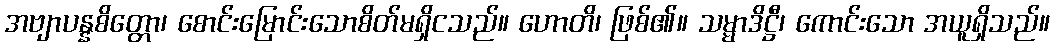
အဗျာပန္နစိတ္တော၊ စောင်းမြောင်းသောစိတ်မရှိငသည်။ ဟောတိ၊ ဖြစ်၏။ သမ္မာဒိဋ္ဌီ၊ ကောင်းသော အယူရှိသည်။